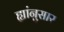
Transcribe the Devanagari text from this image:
ह्यांनुसार